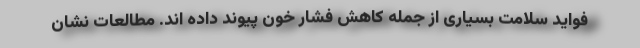
فواید سلامت بسیاری از جمله کاهش فشار خون پیوند داده اند. مطالعات نشان